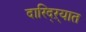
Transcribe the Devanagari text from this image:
दारिद्‌ऱ्यात